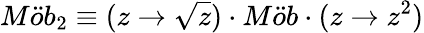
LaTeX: M\ddot{o}b_{2}\equiv(z\rightarrow\sqrt{z})\cdot M\ddot{o}b\cdot(z\rightarrow z^{2})